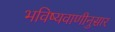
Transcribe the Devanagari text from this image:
भविष्यवाणीनुसार